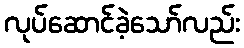
လုပ်ဆောင်ခဲ့သော်လည်း